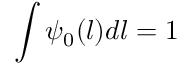
\int \psi _ { 0 } ( l ) d l = 1